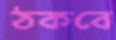
ঠকবে